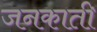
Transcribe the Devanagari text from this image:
जनकाती